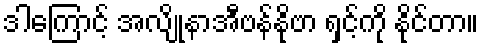
ဒါကြောင့် အလျိုနာအီဗန်နိုဗာ ရှင့်ကို နိုင်တာ။